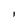
Character: I